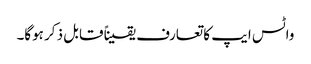
واٹس ایپ کا تعارف یقیناً قابل ذکر ہوگا۔